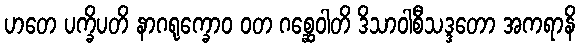
ဟတေ ပက္ခိပတိ နာဂရုက္ခောဝ ဝတ ဂစ္ဆေဝါတိ ဒိသာဝါစီသဒ္ဒတော အကရာနိ